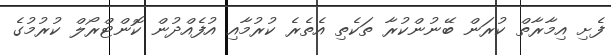
ފެށި އިމާރާތް ކުރަން ބޭނުންކުރާ ތަކެތި އެތެރެ ކުރުމާއި އުފެއްދުން ކޮންޓްރޯލް ކުރުމުގެ